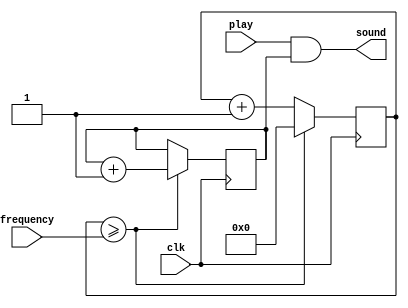
`timescale 1ns / 1ps
//////////////////////////////////////////////////////////////////////////////////
// Company: ITESO 
//////////////////////////////////////////////////////////////////////////////////
module Speaker(
	input clk,
	input play,
	input [14:0] frequency,
	output sound //Salida de sonido
    );

    reg snd;
	reg [14:0] conteo; //se definen 15 bits para el conteo porque el mximo ser 25000

	always @(posedge clk)
		begin
			conteo <= conteo + 1;
			if(conteo >= frequency) //contar hasta la frecuencia dada
                begin
                    snd <= snd + 1; //Togglea el sonido
                    conteo <=0; //reinicia la cuenta
                end
		end

    assign sound = play & snd;

endmodule